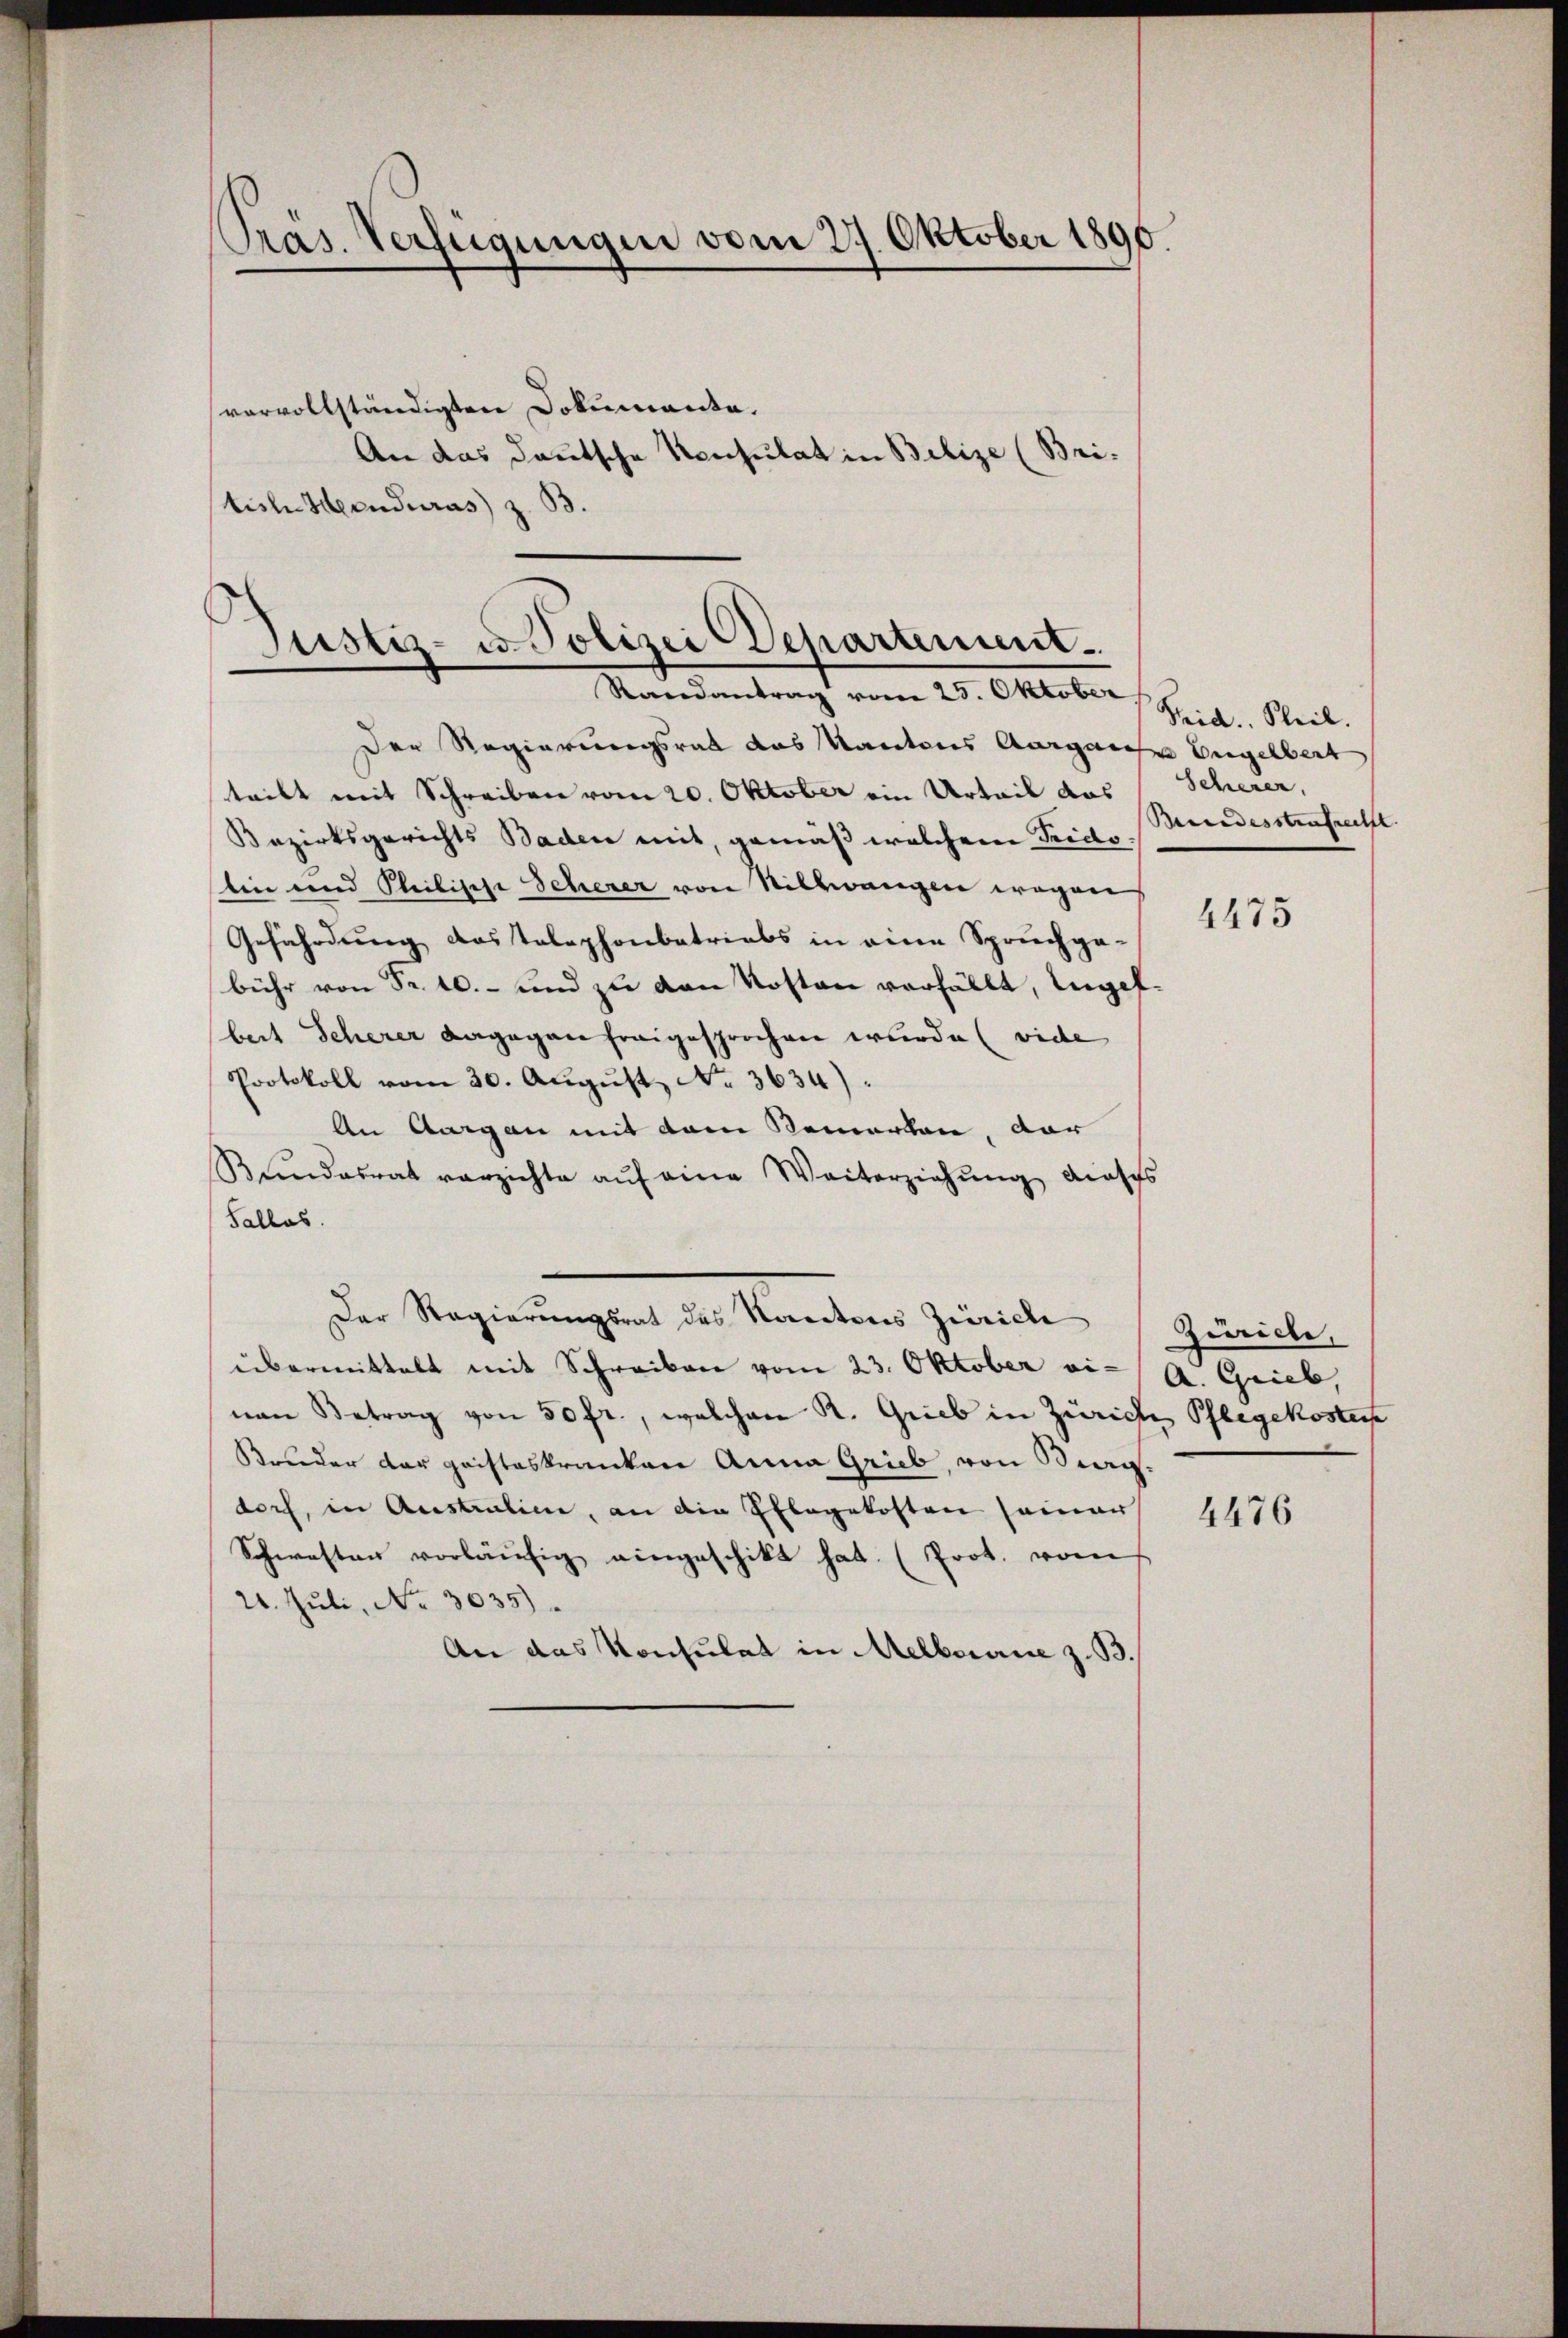
Pras. Verfügungen vom 27. Oktober 1896.
vervollständigten Dokumente.
An das deutsche Konsulat in Bilize (Bri-
tish Heruduras) z. B.

Justiz- u. Polizei Departement.
Randantrag vom 25. Oktober

Der Regierungsrat das Kantons Aargaus Engelbert
teilt mit Schreiben vom 20. Oktober ein Urteil des Scherer,
Bezirksgerichts Baden mit, gemäß welchem Frido
Ein und Steilische Scherer von Stillwangen wegen
Gefährdung das Telephonbetriebs in eine Spruchge-
bühr von Fr. 10.- und zu den Kosten verfällt, ungefbeit Scherer dagegen freigesprochen wurde (vide
Protokoll vom 30. Aŭgŭst No. 3634).
An Aargau mit dem Bemerken, dar
Bŭndesrat verzichte aŭf eine Weiterziehung dieses
Salles.
Der Regierungsrat des Kantons Zürich
übermittelt mit Schreiben vom 23. Oktober ei-
nan Betrag von 50 fr., welchem K. Grieb in Zürich Pflegekostere
Bruder der geisteskranken Anna Grieb von Berg-
dorf, in Australien, an die Pflegekosten seiner
Schwester vorläŭfig eingeschikt hat. (Prot. vom
21. Juli, No. 3035).
An das Konsulat in Melbourie z. B.

Sid. Theil.
Beredesstrafrecht

4475

Zuricle,
A. Grieb,

4476